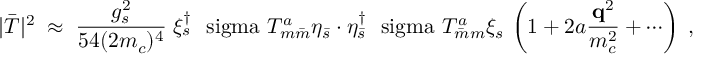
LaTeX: | \bar { { \cal T } } | ^ { 2 } \; \approx \; { \frac { g _ { s } ^ { 2 } } { 5 4 ( 2 m _ { c } ) ^ { 4 } } } \; \xi _ { s } ^ { \dagger } \mathrm { \boldmath ~ \ s i g m a ~ } T _ { m \bar { m } } ^ { a } \eta _ { \bar { s } } \cdot \eta _ { \bar { s } } ^ { \dagger } \mathrm { \boldmath ~ \ s i g m a ~ } T _ { \bar { m } m } ^ { a } \xi _ { s } \, \left( 1 + 2 a \frac { { \bf q } ^ { 2 } } { m _ { c } ^ { 2 } } + \cdots \right) \; ,